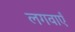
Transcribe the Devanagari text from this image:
लगवाएँ